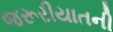
જરૂરીયાતની